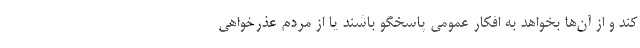
کند و از آن‌ها بخواهد به افکار عمومی پاسخگو باشند یا از مردم عذرخواهی